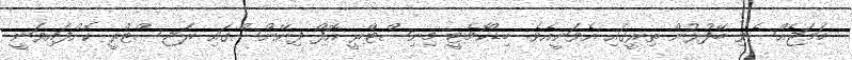
ހަމަޖެއްސެވި ބޭފުޅުން ތިރީގައި އެވަނީއެވެ. ބިޑްކޮމެޓީ މިނިސްޓްރީ އޮފް ފިނޭންސްގައި ރަޖިސްޓްރީ ކޮށްފައިވަނީ